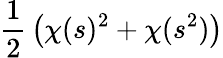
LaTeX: {\frac{1}{2}}\left(\chi(s)^{2}+\chi(s^{2})\right)